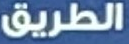
الطريق